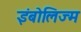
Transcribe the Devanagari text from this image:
इंबोलिज्म